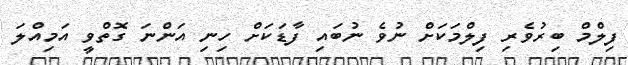
ފިލްމް ބިރުވެރި ފިލްމަކަށް ނުވެ ނުބައި ފާޑަކަށް ހިނި އަންނަ ގޮތްވީ އަމިއްލަ